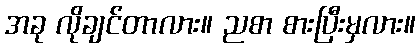
အခု လိုချင်တာလား။ ညစာ စားပြီးမှလား။